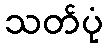
သတ်ပုံ